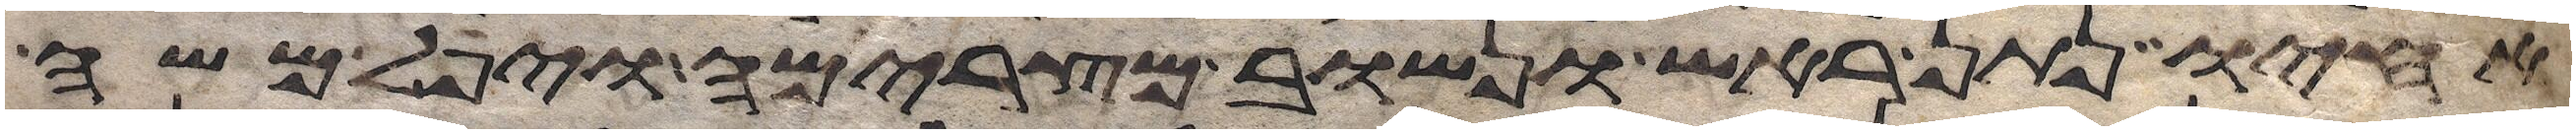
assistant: אחיו נתן ראש ונשוב מצרימה ויפל משה